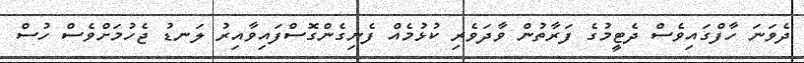
ދެވަނަ ހާފްގައިވެސް ދެޓީމުގެ ފަރާތުން ވާދަވެރި ކުޅުމެއް ފެނިގެންގޮސްފައިވާއިރު ލަނޑު ޖެހުމަށްވެސް ހުސް